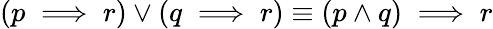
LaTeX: (p\implies r)\vee(q\implies r)\equiv(p\wedge q)\implies r